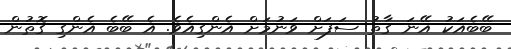
ބޭބެއަކު އޭނަ ގާތު ސަފަށް ވަނުމަށް އެންގިއެވެ. އެ ބޭބެ އެންގި ގޮތުން